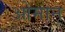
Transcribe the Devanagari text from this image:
ओमान्